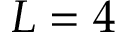
L = 4